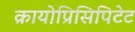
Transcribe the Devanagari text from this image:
क्रायोप्रिसिपिटेट